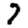
Digit: 7